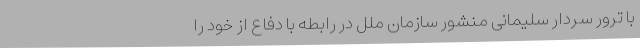
با ترور سردار سلیمانی منشور سازمان ملل در رابطه با دفاع از خود را